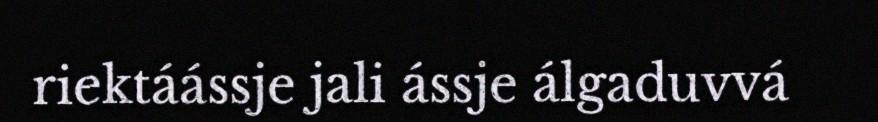
riektáássje jali ássje álgaduvvá